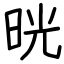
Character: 晄